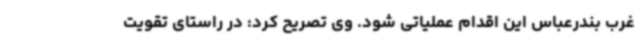
غرب بندرعباس این اقدام عملیاتی شود. وی تصریح کرد: در راستای تقویت